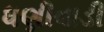
ધણીવાડી